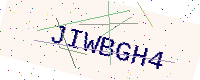
Text: JIWBGH4